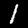
Digit: 1